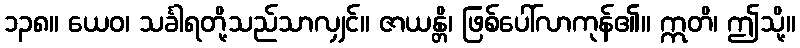
၁၃၈။ ယေဝ၊ သင်္ခါရတို့သည်သာလျှင်။ ဇာယန္တိ၊ ဖြစ်ပေါ်လာကုန်၏။ ဣတိ၊ ဤသို့။